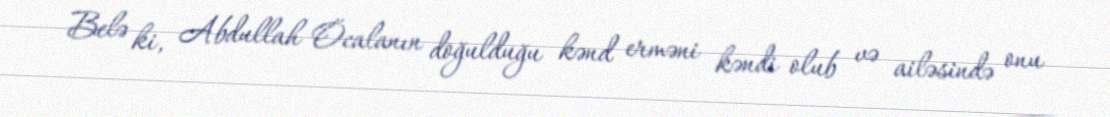
Belə ki, Abdullah Öcalanın doğulduğu kənd erməni kəndi olub və ailəsində onu